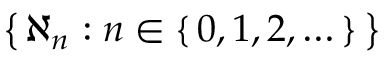
\left\{ \, \aleph _ { n } : n \in \left\{ \, 0 , 1 , 2 , \dots \, \right\} \, \right\}